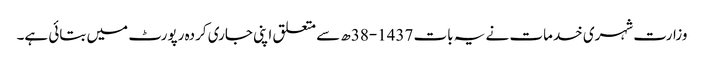
وزارت شہری خدمات نے یہ بات 1437-38ھ سے متعلق اپنی جاری کردہ رپورٹ میں بتائی ہے۔